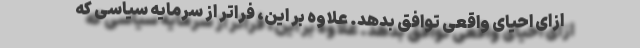
ازای احیای واقعی توافق بدهد. علاوه بر این، فراتر از سرمایه سیاسی که